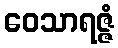
ဝေသာရဇ္ဇံ